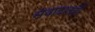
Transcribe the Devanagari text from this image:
संवादातही